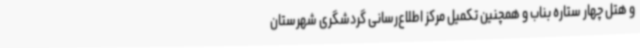
و هتل چهار ستاره بناب و همچنین تکمیل مرکز اطلاع‌رسانی گردشگری شهرستان